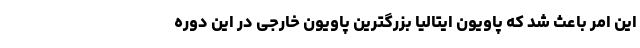
این امر باعث شد که پاویون ایتالیا بزرگترین پاویون خارجی در این دوره